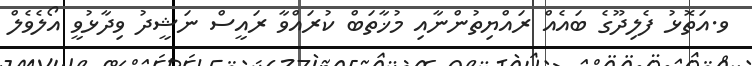
ވ.އަތޮޅު ފެލިދޫގެ ބައެއް ރައްޔިތުންނާއި މުޚާތަބް ކުރައްވާ ރައީސް ނަޝީދު ވިދާޅުވީ އޯލެވެލް